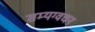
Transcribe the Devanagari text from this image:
सम्यग्वचन